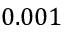
0 . 0 0 1 \